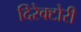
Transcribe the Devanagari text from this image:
दिरेक्टोरी